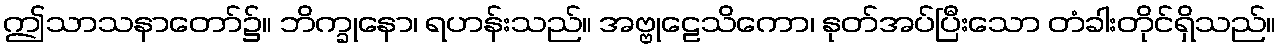
ဤသာသနာတော်၌။ ဘိက္ခုနော၊ ရဟန်းသည်။ အဗ္ဗုဠေသိကော၊ နုတ်အပ်ပြီးသော တံခါးတိုင်ရှိသည်။